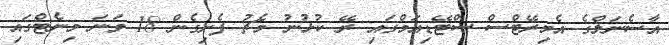
އާސެނަލްގެ އެމިރޭޓްސް ސްޓޭޑިއަމްގައި ރޭ ކުޅުނު މެޗު ފެށިގެން 18 ވަނަ މިނެޓްގައި